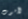
لأموت